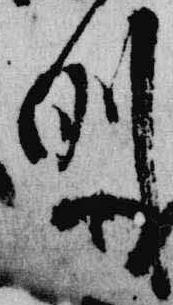
例